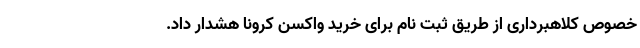
خصوص کلاهبرداری از طریق ثبت نام برای خرید واکسن کرونا هشدار داد.